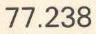
77.238